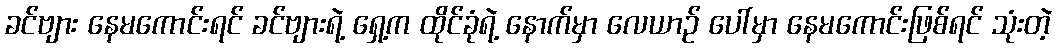
ခင်ဗျား နေမကောင်းရင် ခင်ဗျားရဲ့ ရှေ့က ထိုင်ခုံရဲ့ နောက်မှာ လေယာဉ် ပေါ်မှာ နေမကောင်းဖြစ်ရင် သုံးတဲ့